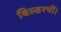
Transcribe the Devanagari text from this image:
बिल्डरथीं।